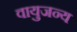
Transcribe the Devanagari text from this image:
वायुजन्य